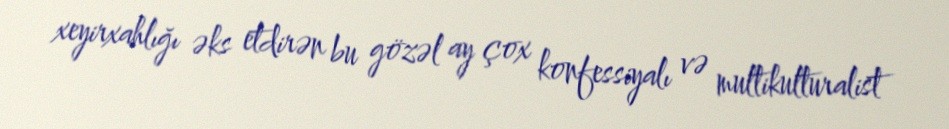
xeyirxahlığı əks etdirən bu gözəl ay çox konfessiyalı və multikulturalist